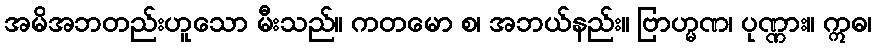
အမိအဘတည်းဟူသော မီးသည်။ ကတမော စ၊ အဘယ်နည်း။ ဗြာဟ္မဏ၊ ပုဏ္ဏား။ ဣဓ၊